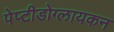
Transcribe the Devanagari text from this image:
पेप्टीडोग्लायकन